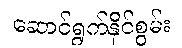
ဆောင်ရွက်နိုင်စွမ်း